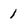
Character: 1